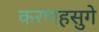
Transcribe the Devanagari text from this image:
करणहसुगे